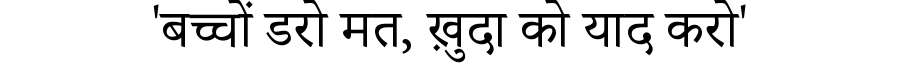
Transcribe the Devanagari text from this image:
'बच्चों डरो मत, ख़ुदा को याद करो'